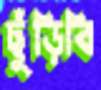
ছুঁড়িবি